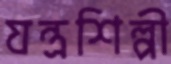
যন্ত্রশিল্পী